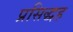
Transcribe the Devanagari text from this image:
प्रसिद्धह